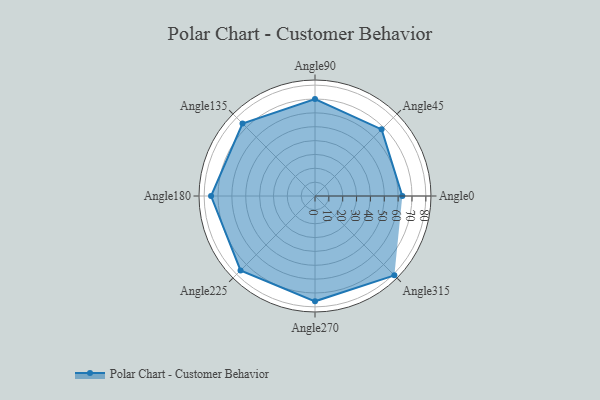
{"axis": {"x": "Angle", "y": "Radius"}, "legend": [""], "data": [{"x": "Angle0", "y": 63.0, "type": ""}, {"x": "Angle45", "y": 68.0, "type": ""}, {"x": "Angle90", "y": 70.0, "type": ""}, {"x": "Angle135", "y": 74.0, "type": ""}, {"x": "Angle180", "y": 75.0, "type": ""}, {"x": "Angle225", "y": 76.0, "type": ""}, {"x": "Angle270", "y": 76.0, "type": ""}, {"x": "Angle315", "y": 81.0, "type": ""}]}